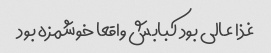
غذا عالی بود کبابش واقعا خوشمزه بود